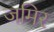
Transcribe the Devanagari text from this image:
जमिर